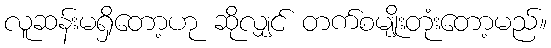
လူဆန်းမရှိတော့ဟု ဆိုလျှင် တက်စမျိုးတုံးတော့မည်။